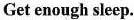
Get enough sleep.